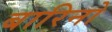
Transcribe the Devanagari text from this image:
बारिनो